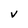
Character: V